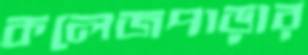
কলেজপাড়ার